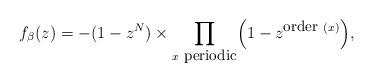
LaTeX: \begin{align*}f_{\beta}(z) = - (1 - z^N) \times\prod_{x ~\mbox{{\small periodic}}} \Bigl(1 - z^{\mbox{{\small order}}~ (x)} \Bigr) ,\end{align*}